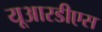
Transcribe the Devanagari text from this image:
यूआरडीएस